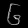
Digit: ၆